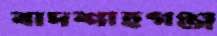
বাদশাহগঞ্জ